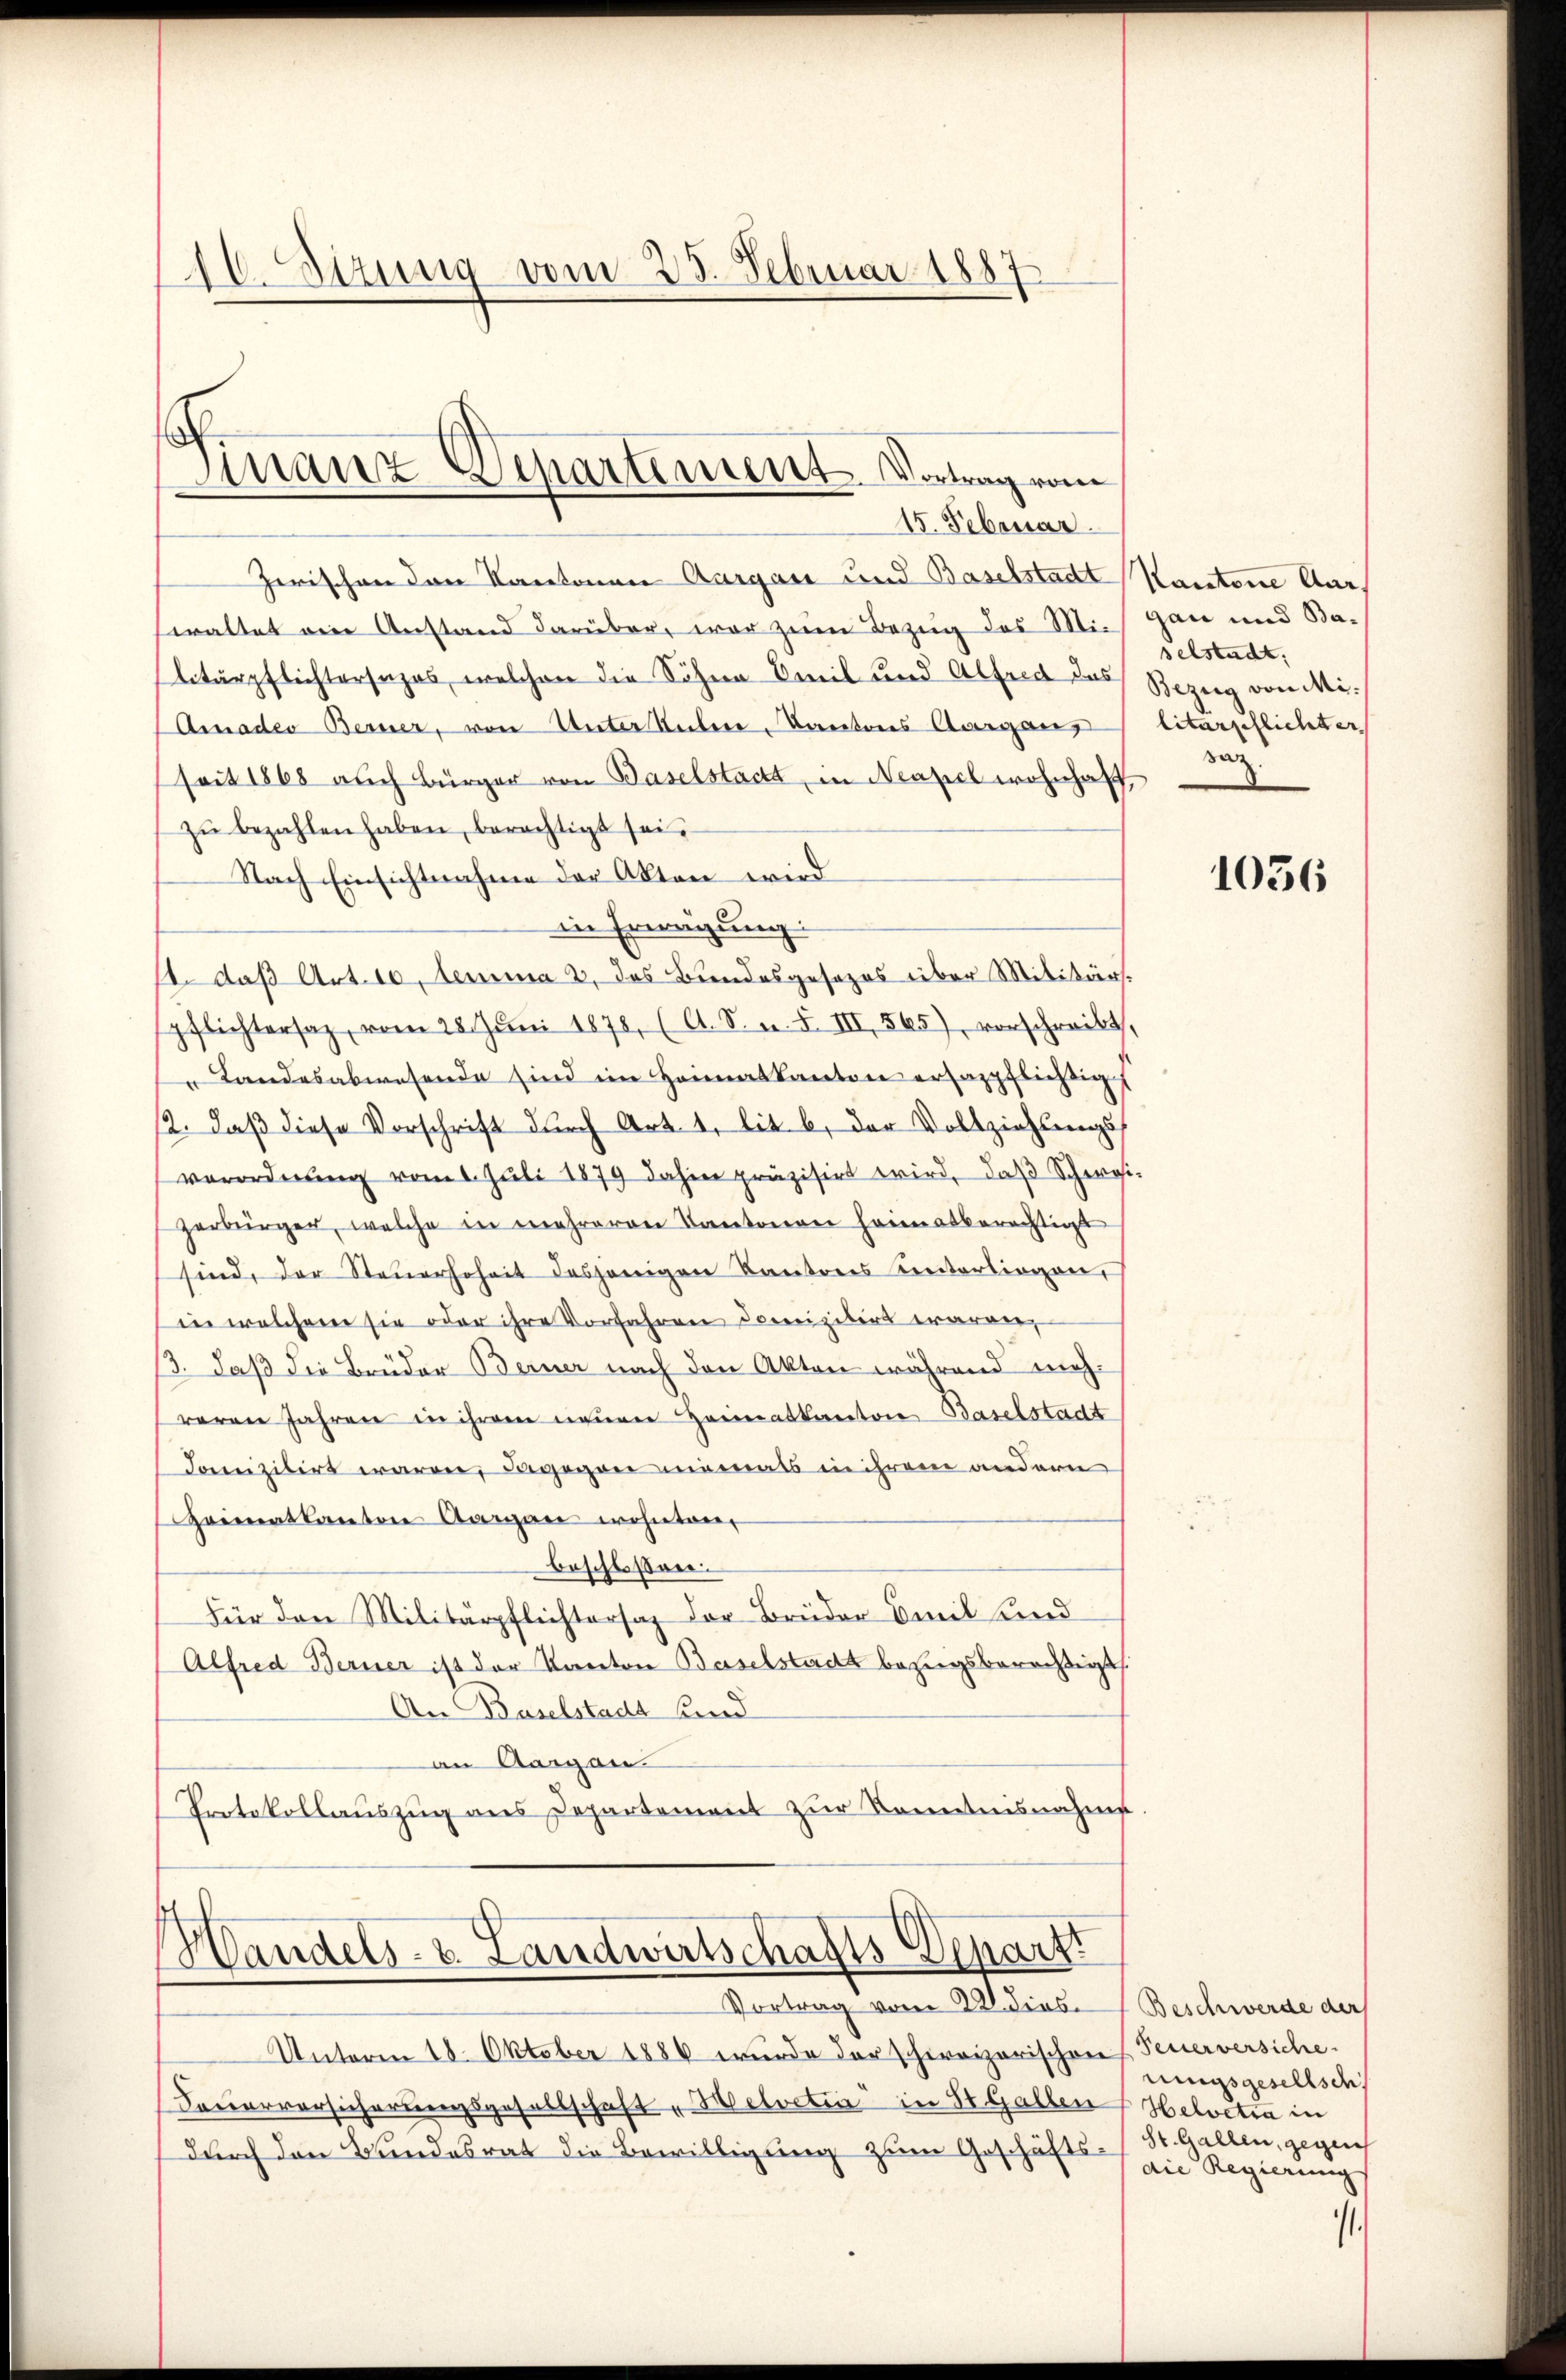
16. Sitzung vom 23. Februar 1887

mnanz Departement. Vortrag vom
15. Februar.

Zwischen den Kantonen Aargau und Baselstadtt
waltet ein Anstand darüber, war zum Bezug des Militärpflichtersuches, welchen die Söhne Emil und Alfend das
Arnader Berner, von Unter Seitere Kantons Aargauseit 1868 auch Bürger von Baselstadt, in Neapel wohnhaft,
zŭ bezahlen haben, berechtigt sei.
Nach Einsichtnahme der Akten wird
in Erwägung:
1. daß Art. 10, lemma 2 des Bundesgesezes über Militärs.
pflichtersaz, vom 28. Jŭni 1878, (lt. S. n. F. III 565), vorschreibt,
" Landesabwesende sind im Heimatkanton erhazpflichtigs
12. daß diese Vorschrift durch Art. 1. lit. b. der Vollziehungs
verordnŭng vom 1. Jŭli 1879 dahin präzisirt wird, daβ Schwei
zerbürger, welche in mehreren Kantonen heimatberechtigt
sind, der Steŭerhoheit desjenigen Kantons unterliegen,
in welchem sie oder ihre Vorfahren domizilirt waren,
/3. daß die Brüder Berner nach den Akten während mehreren Jahren in ihrem neuen Heimatkanton Baselstadt
domizilirt waren, dagegen niemals in ihrem andern
Heimatkanton Aargare wohnten
beschlossen.
Für den Militärpflichtersaz der Brüder Emil Kund
Alfred Berner ist der Kanton Baselstadt bezugsberechtigt.
An Baselstadt und
an Aargau.
Protokollauszug aus Departement zur Kenntnisnahme

Unterm 18. Oktober 1886 wurde der schweizerischen
Feuerversicherungsgesellschaft "Helvetia" in St. Gallen
durch den Bundesrat die Bewilligung zum Geschäfts zu Regierung

Mandels- u. Landwirtschafts-Depart.
Vortrag vom 22. dies

Kantone Aargan und Baselstadt.
Bezug von Militärpflichter
raz

1036

Beschwerde der
Feuerversiche.
uungsgesellsch
Helvetia in
St. Gallen, gegen

.